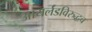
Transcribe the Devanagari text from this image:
आयर्लंडविरुद्धच